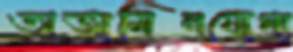
অজামিনযোগ্য